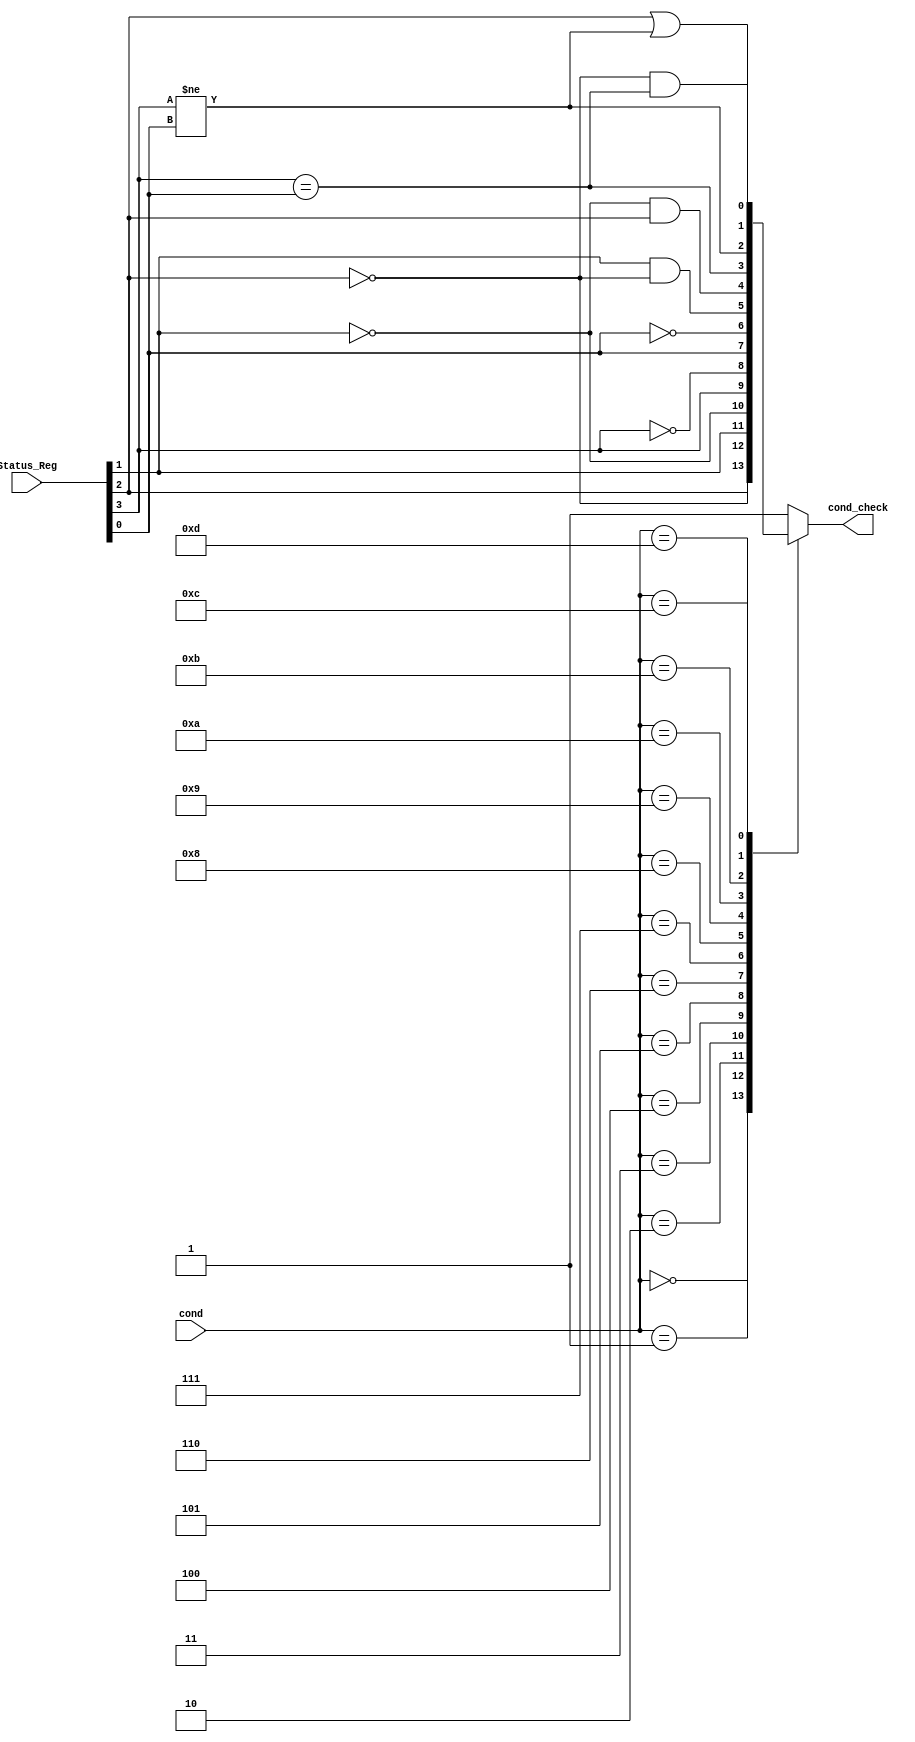
module Condition_Check (
    cond, Status_Reg, 
    cond_check
);
    input [3:0] cond, Status_Reg;
    output reg cond_check;


    wire Z_SR, C, N, V;

    assign N = Status_Reg[3];
    assign Z_SR = Status_Reg[2];
    assign C = Status_Reg[1];
    assign V = Status_Reg[0];
    
    
    always @(cond, Status_Reg) begin
        cond_check = 0;
        case (cond)
            4'd0:
                cond_check = Z_SR;
            4'd1:
                cond_check = ~Z_SR;
            4'd2:
                cond_check = C;
            4'd3:
                cond_check = ~C;
            4'd4:
                cond_check = N;
            4'd5:
                cond_check = ~N;
            4'd6:
                cond_check = V;
            4'd7:
                cond_check = ~V;
            4'd8:
                cond_check = C & ~Z_SR;
            4'd9:
                cond_check = ~C & Z_SR;
            4'd10:
                cond_check = N == V;
            4'd11:
                cond_check = N != V;
            4'd12:
                cond_check = Z_SR == 0 & N == V;
            4'd13:
                cond_check = Z_SR == 1 | N != V;
            4'd14:
                cond_check = 1;
            default:
                cond_check = 1;
        endcase
    end


endmodule